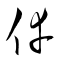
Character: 倖